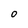
Character: O